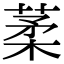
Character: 葇